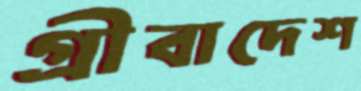
গ্রীবাদেশ